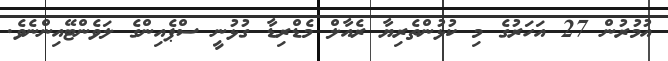
އުމުރުން 27 އަހަރުގެ މި ކުޅުންތެރިޔާ ރެއާލް މެޑްރިޑާ ގުޅުނީ ސްޕެއިންގެ ލަވެންޓޭއިންނެވެ.